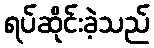
ရပ်ဆိုင်းခဲ့သည်